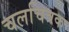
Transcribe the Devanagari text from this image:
चलचित्रक